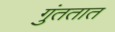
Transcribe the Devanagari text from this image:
गुंततात